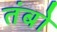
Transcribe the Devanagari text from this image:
तंबो